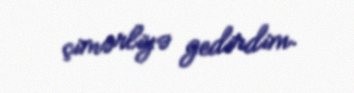
çimərliyə gedirdim.